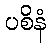
ပစိနံ